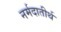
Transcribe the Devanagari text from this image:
नर्मदातीर्थ